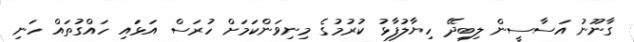
ގާނޫނު އަސާސީން ލިބިދޭ ހިޔާލުފާޅު ކުރުމުގެ މިނިވަންކަމަށް ހުރަސް އަޅައި ހައްގުތައް ހަނި